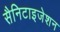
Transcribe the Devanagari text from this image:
सैनिटाइजेशन